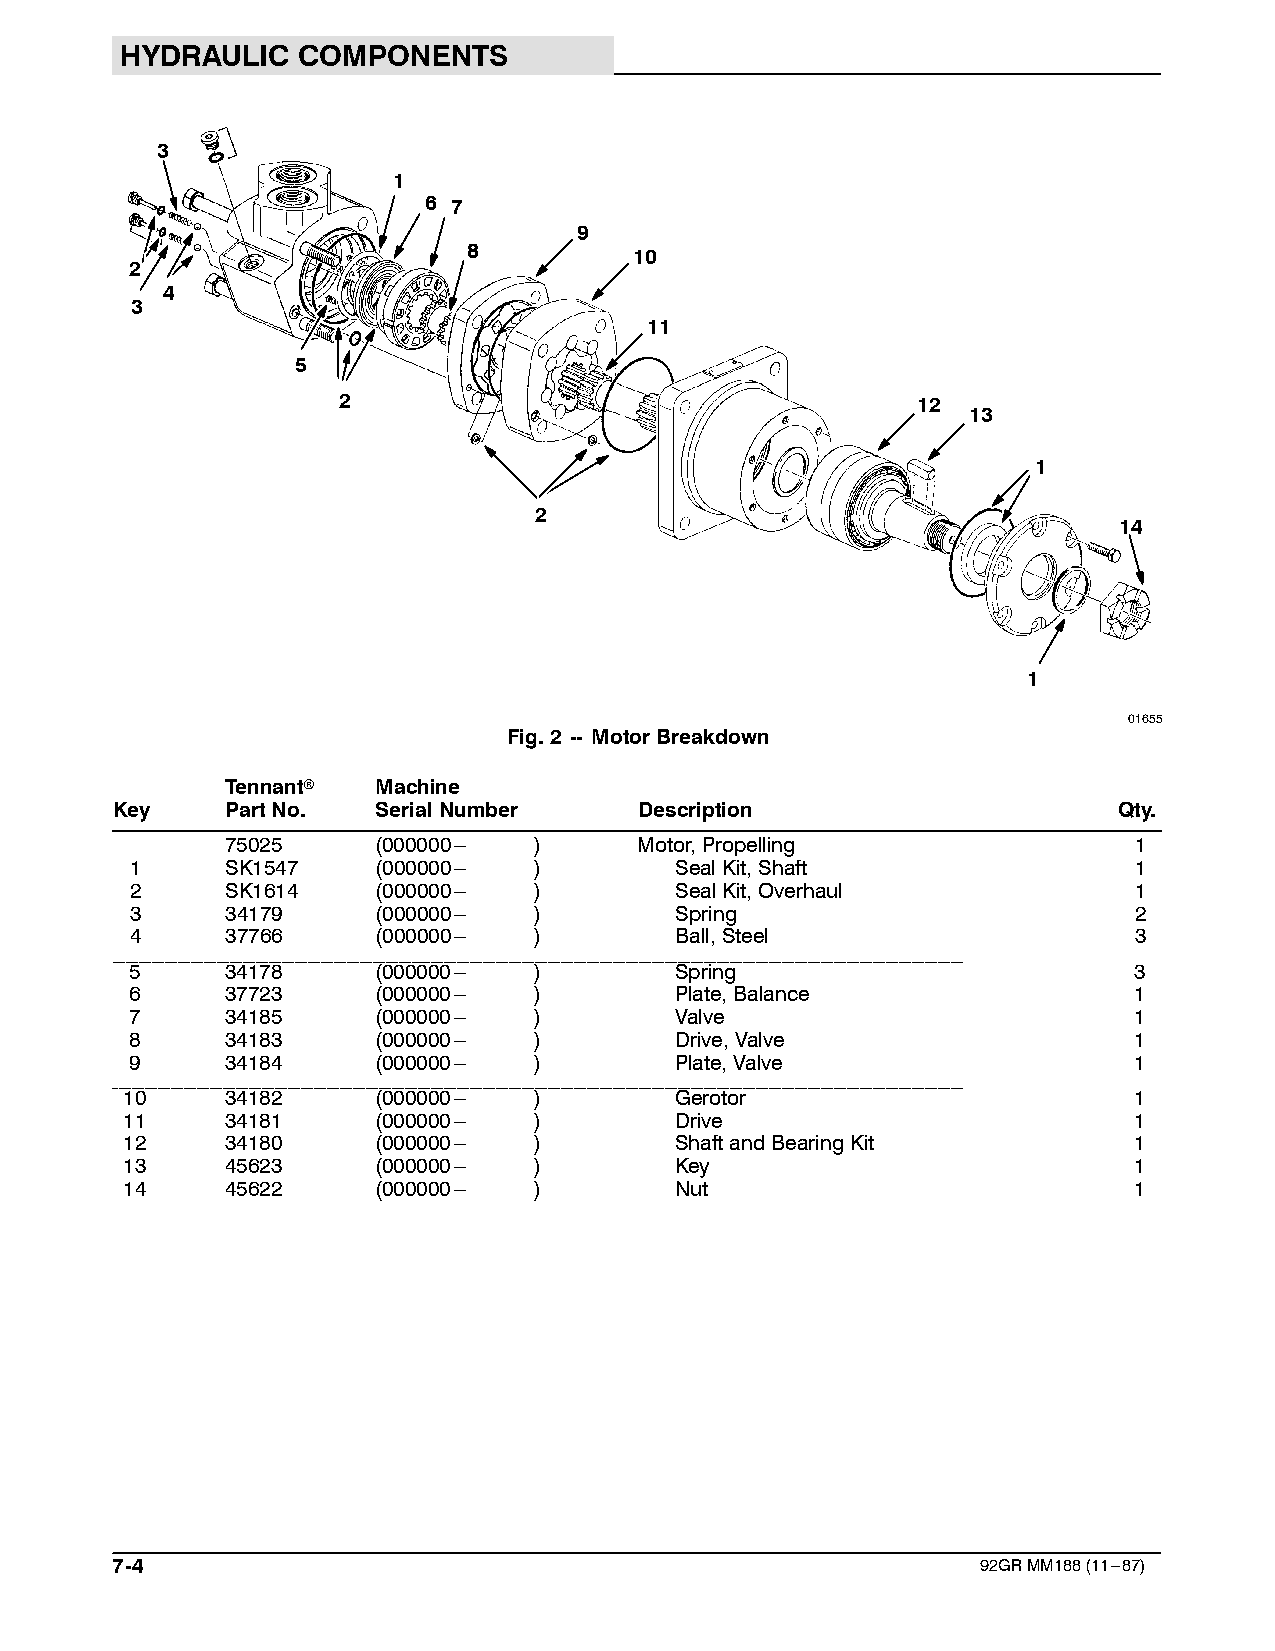
HYDRAULIC   COMPONENTS
 3
 1
 6 7
 9
 8          10
 2
 4
 3
 11
 5
 2                                      12
 13
 1
 2
 14
 1
 01655
 Fig.2 -- MotorBreakdown
 Tennantr  Machine
 Key     PartNo.   SerialNumber     Description                     Qty.
 75025     (000000--- )     Motor,Propelling                 1
 1     SK1547    (000000--- )        SealKit,Shaft                 1
 2     SK1614    (000000--- )        SealKit,Overhaul              1
 3     34179     (000000--- )        Spring                        2
 4     37766     (000000--- )        Ball,Steel                    3
 ___________________________________________________________________________________________________________________________________
 5     34178     (000000--- )        Spring                        3
 6     37723     (000000--- )        Plate,Balance                 1
 7     34185     (000000--- )        Valve                         1
 8     34183     (000000--- )        Drive,Valve                   1
 9     34184     (000000--- )        Plate,Valve                   1
 ___________________________________________________________________________________________________________________________________
 10     34182     (000000--- )        Gerotor                       1
 11     34181     (000000--- )        Drive                         1
 12     34180     (000000--- )        ShaftandBearingKit            1
 13     45623     (000000--- )        Key                           1
 14     45622     (000000--- )        Nut                           1
 7-4                                                       92GRMM188(11---87)